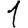
Digit: 1